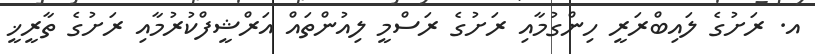
އ. ރަށުގެ ލައިބްރަރީ ހިންގުމާއި ރަށުގެ ރަސްމީ ލިއުންތައް އަރްޝީފްކުރުމާއި ރަށުގެ ތާރީޚީ